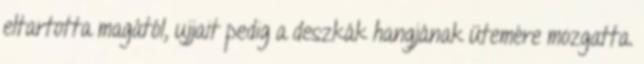
eltartotta magától, ujjait pedig a deszkák hangjának ütemére mozgatta.